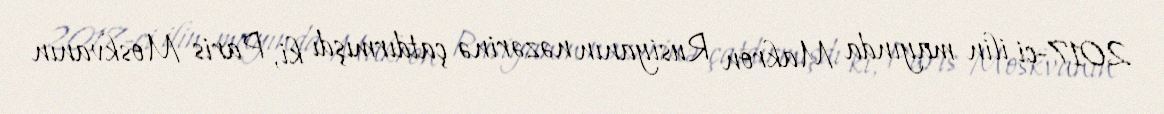
2017-ci ilin mayında Makron Rusiyanın nəzərinə çatdırmışdı ki, Paris Moskvanın